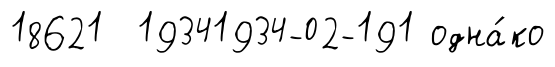
18621 19341934-02-191 одна́ко